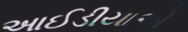
આઈડીયાએ